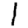
Digit: 1